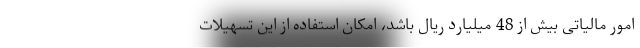
امور مالیاتی بیش از 48 میلیارد ریال باشد، امکان استفاده از این تسهیلات